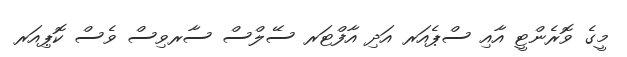
މީގެ ވޮރެންޓީ އާއި ސްޕެއަރ އަދި އާފްޓަރ ސޭލްސް ސާރވިސް ވެސް ކޮޕިއަރ